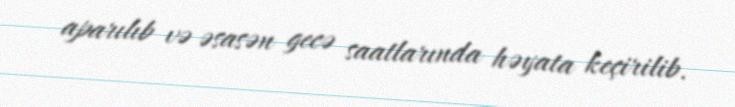
aparılıb və əsasən gecə saatlarında həyata keçirilib.